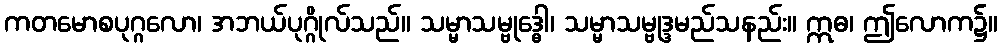
ကတမောစပုဂ္ဂလော၊ အဘယ်ပုဂ္ဂိုလ်သည်။ သမ္မာသမ္ဗုဒ္ဓေါ၊ သမ္မာသမ္ဗုဒ္ဒမည်သနည်း။ ဣဓ၊ ဤလောက၌။